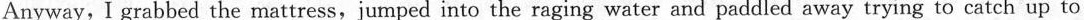
Anyway, I grabbed the mattress, jumped into the raging \underline{water} and paddled away trying to catch up to